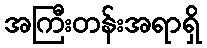
အကြီးတန်းအရာရှိ